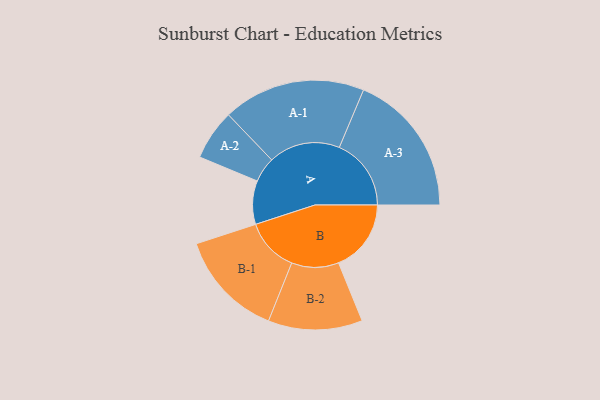
{"axis": {"x": "Segment", "y": "Value"}, "legend": ["", "A", "B"], "data": [{"x": "A", "y": 181, "type": ""}, {"x": "B", "y": 302, "type": ""}, {"x": "A-1", "y": 297, "type": "A"}, {"x": "A-2", "y": 105, "type": "A"}, {"x": "A-3", "y": 299, "type": "A"}, {"x": "B-1", "y": 223, "type": "B"}, {"x": "B-2", "y": 196, "type": "B"}]}